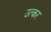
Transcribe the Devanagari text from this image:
उत्कर